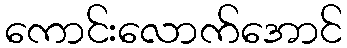
ကောင်းလောက်အောင်